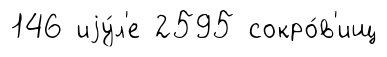
146 иjу́л'е 2595 сокро́в'ищ